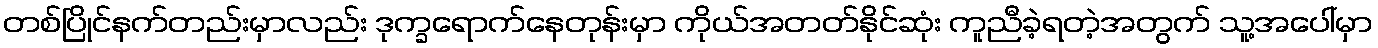
တစ်ပြိုင်နက်တည်းမှာလည်း ဒုက္ခရောက်နေတုန်းမှာ ကိုယ်အတတ်နိုင်ဆုံး ကူညီခဲ့ရတဲ့အတွက် သူ့အပေါ်မှာ